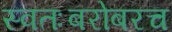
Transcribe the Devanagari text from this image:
स्वतःबरोबरच